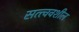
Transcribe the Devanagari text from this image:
सत्त्ववशील